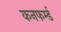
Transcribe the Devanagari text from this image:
कनफर्म्ड